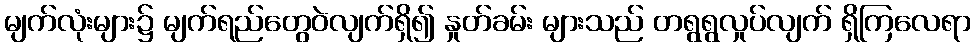
မျက်လုံးများ၌ မျက်ရည်တွေဝဲလျက်ရှိ၍ နှုတ်ခမ်း များသည် တရွရွလှုပ်လျက် ရှိကြလေရာ